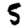
Digit: 5